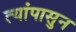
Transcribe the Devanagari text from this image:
त्यांपासुन